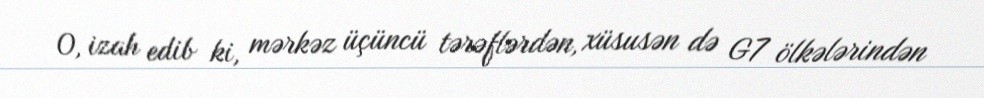
O, izah edib ki, mərkəz üçüncü tərəflərdən, xüsusən də G7 ölkələrindən